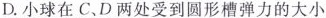
D.小球在C、D两处受到圆形槽弹力的大小